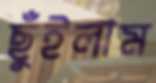
ছুঁইলাম